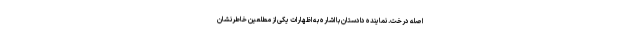
اصله درخت. نماینده دادستان با اشاره به اظهارات یکی از مطلعین خاطرنشان